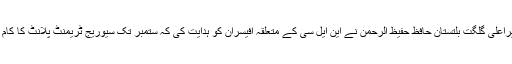
اس موقع پر وزیراعلیٰ گلگت بلتستان حافظ حفیظ الرحمن نے این ایل سی کے متعلقہ آفیسران کو ہدایت کی کہ ستمبر تک سیوریج ٹریمنٹ پلانٹ کا کام مکمل کیاجائے۔